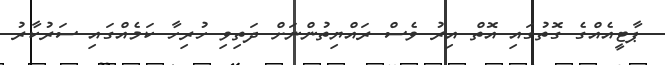
ޕާޓީއެއްގެ ގޮތުގައި އޮތް އިރު ވެސް ރައްޔިތުންނަށް ދަތިވި ހުރިހާ ކަމެއްގައި ސަރުކާރު